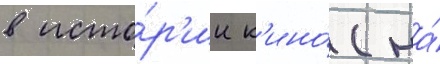
в исто́р'ии к'ино́ (на́